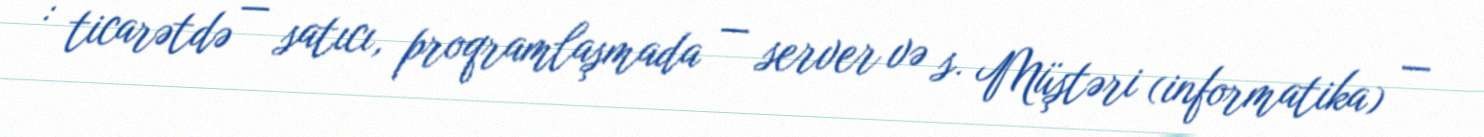
: ticarətdə — satıcı, proqramlaşmada — server və s. Müştəri (informatika) —